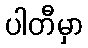
ပါတီမှာ